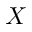
X